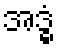
အဒ္ဓံ